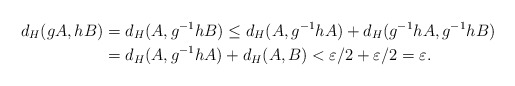
\begin{align*}d_H(gA, hB)&=d_H(A, g^{-1}hB)\leq d_H(A,g^{-1}hA)+d_H(g^{-1}hA,g^{-1}hB)\\&=d_H(A,g^{-1}hA)+d_H(A,B)<\varepsilon/2+\varepsilon/2=\varepsilon. \end{align*}